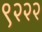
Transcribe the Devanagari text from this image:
९२२२